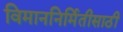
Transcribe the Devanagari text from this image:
विमाननिर्मितीसाठी